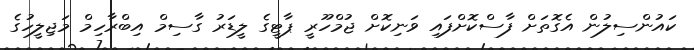
ކައުންސިލުން އެގޮތަށް ފާސްކޮށްފައި ވަނިކޮށް ޖުމްހޫރީ ޕާޓީގެ ލީޑަރު ގާސިމް އިބްރާހިމް މަޖިލީހުގެ